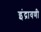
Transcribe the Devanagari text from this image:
इंद्रावणी